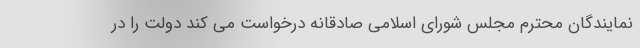
نمایندگان محترم مجلس شورای اسلامی صادقانه درخواست می کند دولت را در